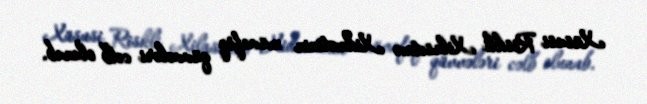
Xüsusi Riskli Xilasetmə Xidmətinin müvafiq qüvvələri cəlb olunub.